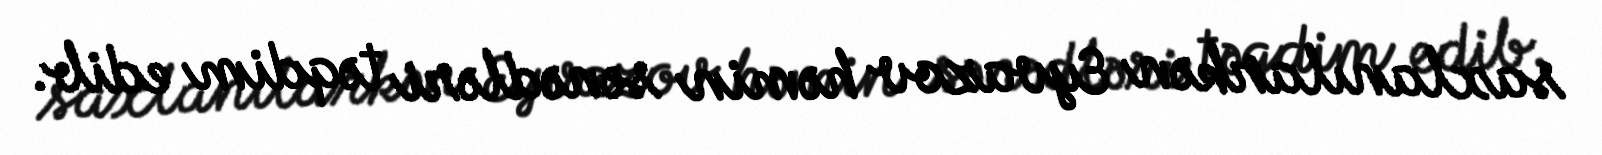
saxlanılarkən Eyvazov həmin sənədləri təqdim edib.